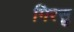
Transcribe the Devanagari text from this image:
गिरसु